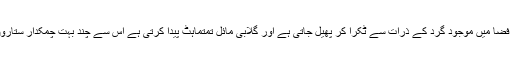
اس کی وجہ یہ ہے کہ ستاروں کی روشنی شہروں کی فضا میں موجود گرد کے ذرات سے ٹکرا کر پھیل جاتی ہے اور گلابی مائل تمتماہٹ پیدا کرتی ہے اس سے چند بہت چمکدار ستاروں کے علاوہ تمام ستاروں کی چمک ماند پڑ جاتی ہے۔